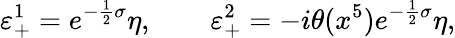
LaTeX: \varepsilon_{+}^{1}=e^{-\frac{1}{2}\sigma}\eta,\qquad\varepsilon_{+}^{2}=-i\theta(x^{5})e^{-\frac{1}{2}\sigma}\eta,